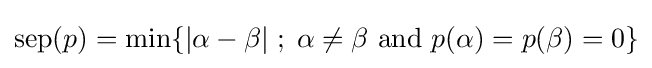
\operatorname {sep} (p)=\min\{|\alpha -\beta |\;;\;\alpha \neq \beta {\text{ and }}p(\alpha )=p(\beta )=0\}